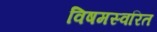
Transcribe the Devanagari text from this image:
विषमस्वरित